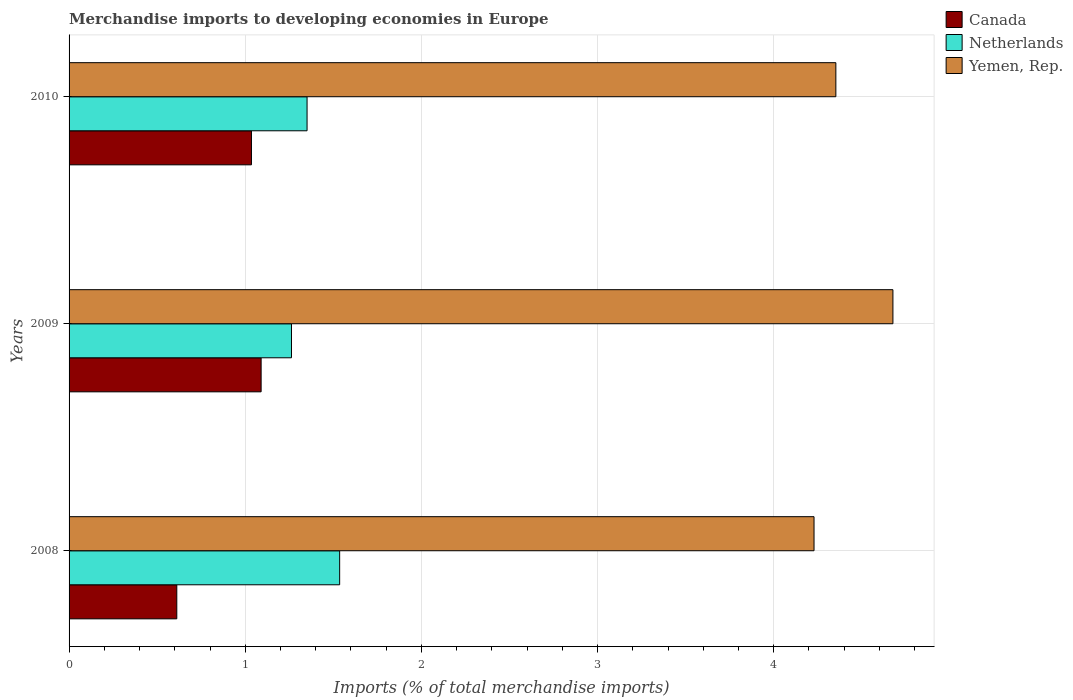
| Years | Canada | Netherlands | Yemen, Rep. |
 | --- | --- | --- | --- |
 | 2008 | 0.611 | 1.54 | 4.23 |
 | 2009 | 1.09 | 1.26 | 4.68 |
 | 2010 | 1.04 | 1.35 | 4.35 |